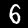
Digit: 6